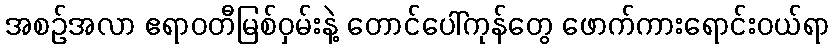
အစဉ်အလာ ဧရာဝတီမြစ်ဝှမ်းနဲ့ တောင်ပေါ်ကုန်တွေ ဖောက်ကားရောင်းဝယ်ရာ